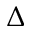
\Delta